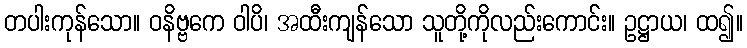
တပါးကုန်သော။ ဝနိဗ္ဗကေ ဝါပိ၊ အထီးကျန်သော သူတို့ကိုလည်းကောင်း။ ဥဋ္ဌာယ၊ ထ၍။